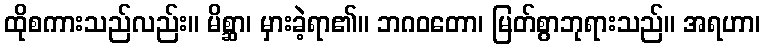
ထိုစကားသည်လည်း။ မိစ္ဆာ၊ မှားခဲ့ရာ၏။ ဘဂဝတော၊ မြတ်စွာဘုရားသည်။ အရဟာ၊